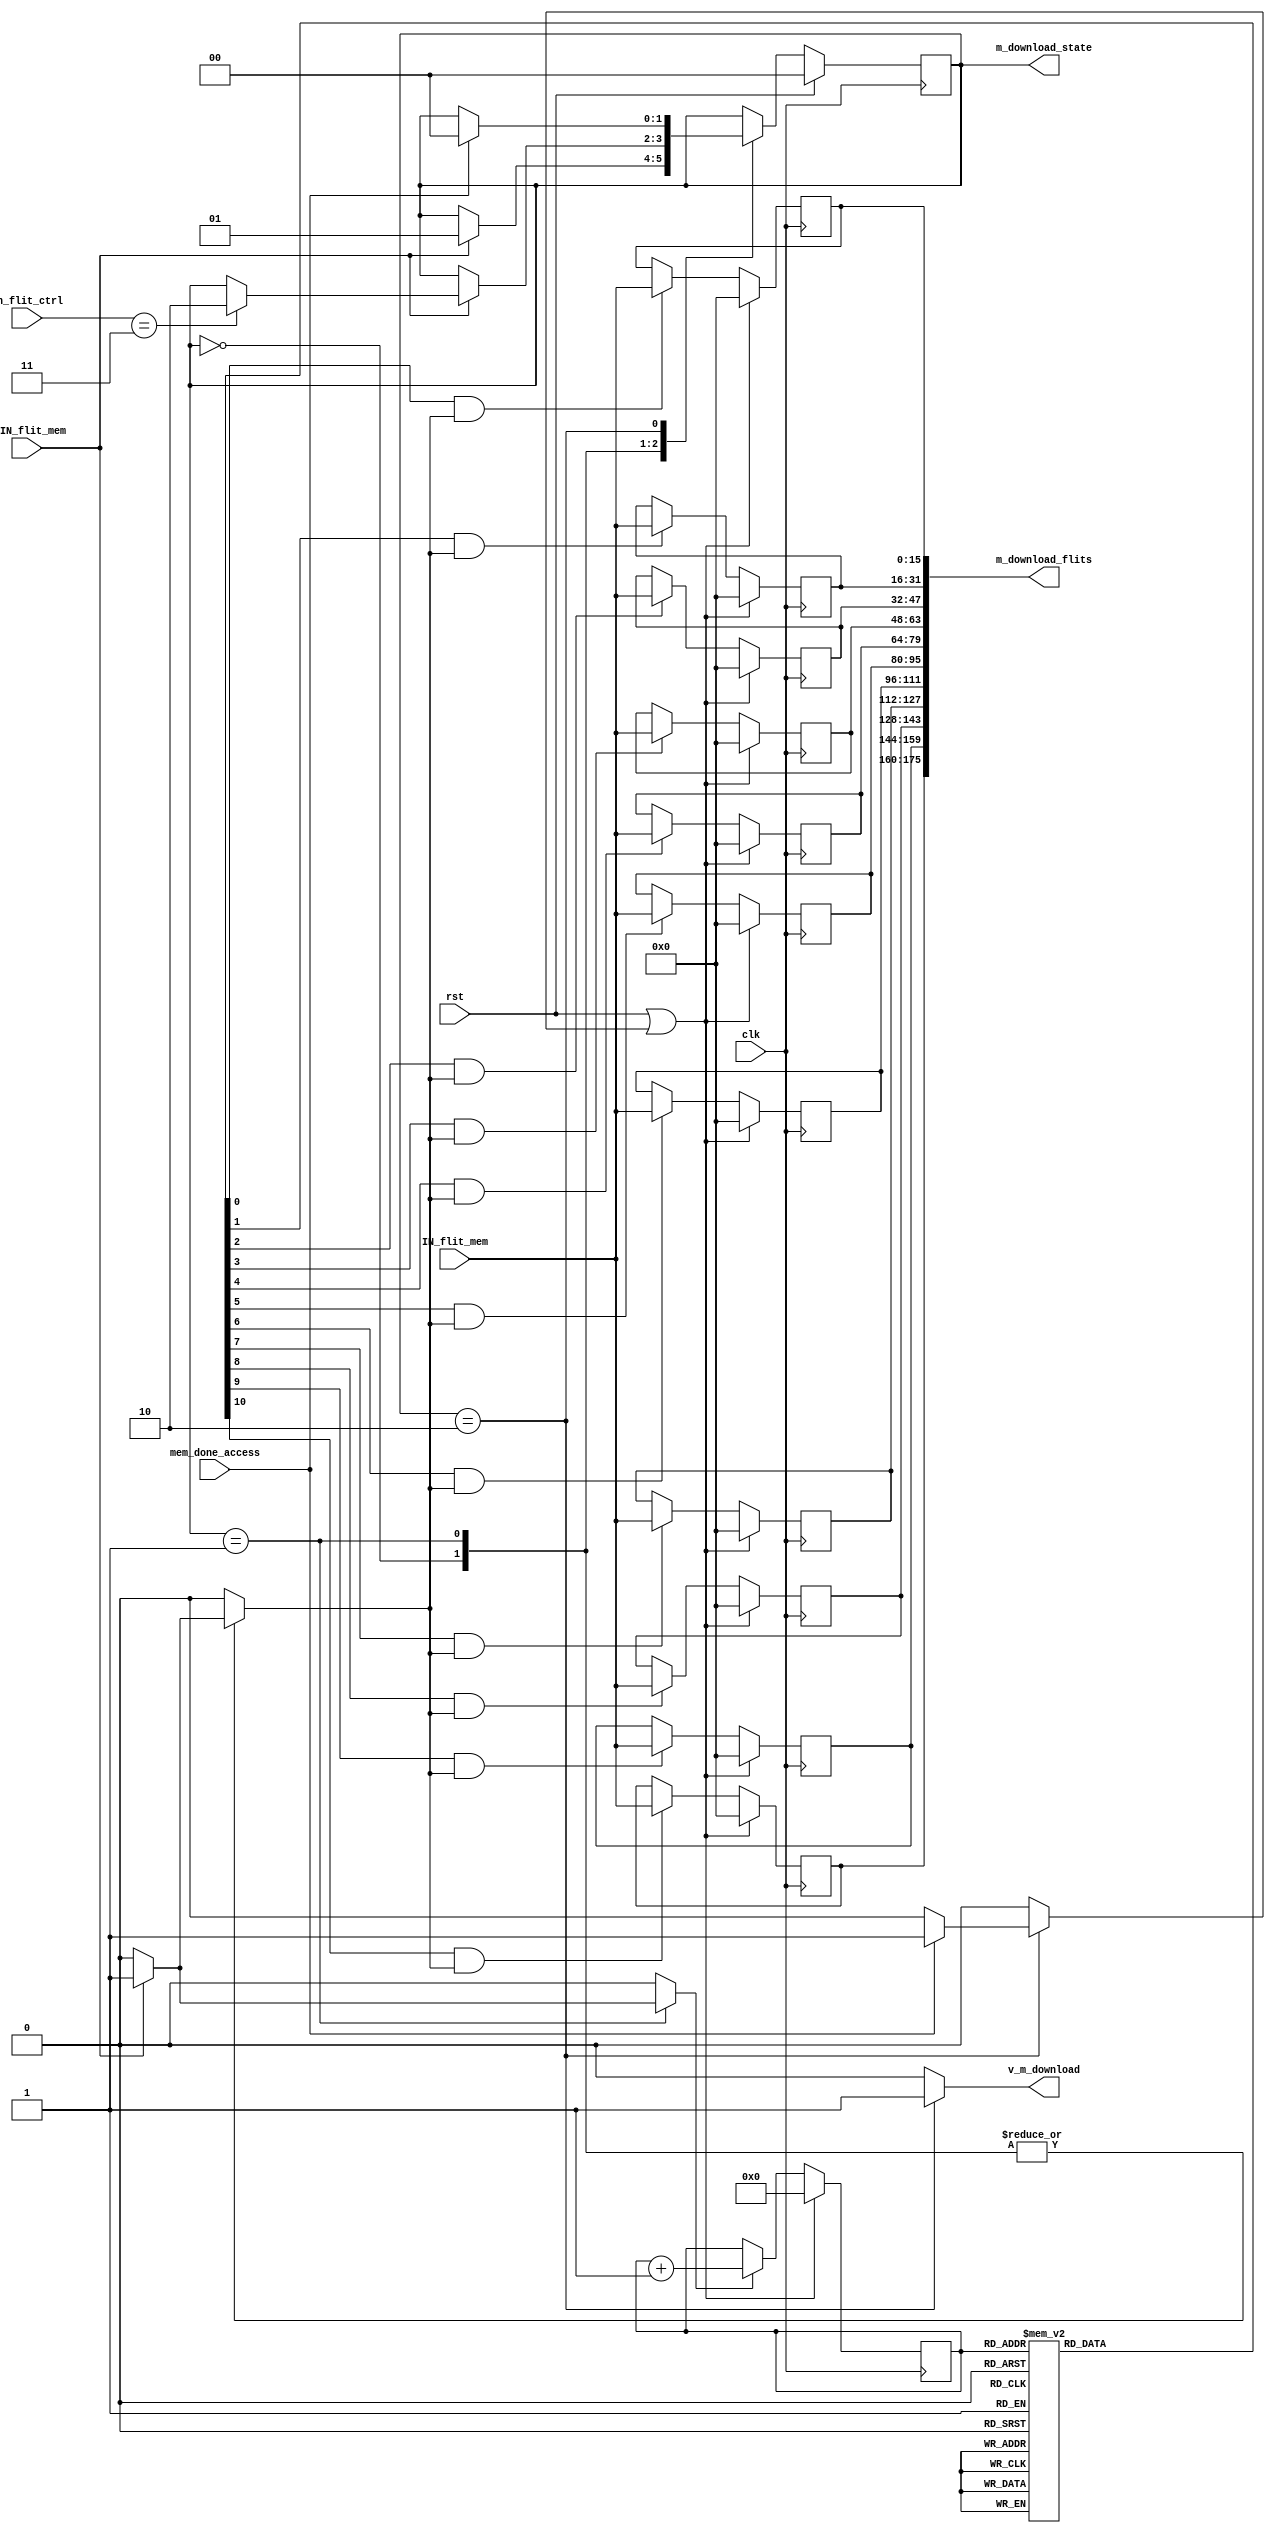
module   m_download(//input
                    clk,
                    rst,
                    IN_flit_mem,
                    v_IN_flit_mem,
                    In_flit_ctrl,
                    mem_done_access,
                    //output
                    v_m_download,
                    m_download_flits,
                    m_download_state
                    );
//input
input                    clk;
input                    rst;
input     [15:0]         IN_flit_mem;
input                    v_IN_flit_mem;
input     [1:0]          In_flit_ctrl;
input                    mem_done_access;

//output
output                    v_m_download;
output    [175:0]         m_download_flits;
output    [1:0]           m_download_state;

//
reg [1:0]    m_download_nstate;
reg [1:0]    m_download_cstate;
parameter    m_download_idle=2'b00;
parameter    m_download_busy=2'b01;
parameter    m_download_rdy=2'b10;

reg   [15:0] flit_reg1;
reg   [15:0] flit_reg2;
reg   [15:0] flit_reg3;
reg   [15:0] flit_reg4;
reg   [15:0] flit_reg5;
reg   [15:0] flit_reg6;
reg   [15:0] flit_reg7;
reg   [15:0] flit_reg8;
reg   [15:0] flit_reg9;
reg   [15:0] flit_reg10;
reg   [15:0] flit_reg11;  

assign m_download_state=m_download_cstate;
assign m_download_flits={flit_reg11,flit_reg10,flit_reg9,flit_reg8,flit_reg7,flit_reg6,flit_reg5,flit_reg4,flit_reg3,flit_reg2,flit_reg1};


reg             v_m_download;
reg             en_flit_m;
reg             inc_cnt;
reg             fsm_rst;

/// fsm of ic_download
always@(*)
begin
  //default values
  m_download_nstate=m_download_cstate;
  v_m_download=1'b0;
  en_flit_m=1'b0;
  inc_cnt=1'b0;
  fsm_rst=1'b0;
  case(m_download_cstate)
    m_download_idle:
      begin
        if(v_IN_flit_mem)
          begin
            m_download_nstate=m_download_busy;
            en_flit_m=1'b1;
          end
      end
    m_download_busy:
      begin
        if(v_IN_flit_mem)
          begin
            if(In_flit_ctrl==2'b11)
              begin
                en_flit_m=1'b1;
                m_download_nstate=m_download_rdy;
              end
              en_flit_m=1'b1;
              inc_cnt=1'b1;
          end
      end
    m_download_rdy:
      begin
        v_m_download=1'b1;
        if(mem_done_access)
          begin
             m_download_nstate=m_download_idle;
             fsm_rst=1'b1;
          end
      end
    endcase
end

reg  [3:0]  cnt;
reg  [10:0]  en_flits;
// select right inst_word_in 
always@(*)
begin
  case(cnt)
    4'b0000:en_flits=11'b00000000001;
    4'b0001:en_flits=11'b00000000010;
    4'b0010:en_flits=11'b00000000100;
    4'b0011:en_flits=11'b00000001000;
    4'b0100:en_flits=11'b00000010000;
    4'b0101:en_flits=11'b00000100000;
    4'b0110:en_flits=11'b00001000000;
    4'b0111:en_flits=11'b00010000000;
    4'b1000:en_flits=11'b00100000000;
    4'b1001:en_flits=11'b01000000000;
    4'b1010:en_flits=11'b10000000000;
    default:en_flits=11'b00000000000;
  endcase
 end
 
// 1st flit
always@(posedge clk)
begin
  if(rst||fsm_rst)
    flit_reg1<=16'h0000;
  else if(en_flits[0]&&en_flit_m)
    flit_reg1<=IN_flit_mem;
end

//2ed flit 
 always@(posedge clk)
begin
  if(rst||fsm_rst)
    flit_reg2<=16'h0000;
  else if(en_flits[1]&&en_flit_m)
    flit_reg2<=IN_flit_mem;
end

// 3rd flit
always@(posedge clk)
begin
  if(rst||fsm_rst)
    flit_reg3<=16'h0000;
  else if(en_flits[2]&&en_flit_m)
    flit_reg3<=IN_flit_mem;
end

//4th flit
always@(posedge clk)
begin
  if(rst||fsm_rst)
    flit_reg4<=16'h0000;
  else if(en_flits[3]&&en_flit_m)
    flit_reg4<=IN_flit_mem;
end

//5th flit
always@(posedge clk)
begin
  if(rst||fsm_rst)
    flit_reg5<=16'h0000;
  else if(en_flits[4]&&en_flit_m)
    flit_reg5<=IN_flit_mem;
end

//6th flit
always@(posedge clk)
begin
  if(rst||fsm_rst)
    flit_reg6<=16'h0000;
  else if(en_flits[5]&&en_flit_m)
    flit_reg6<=IN_flit_mem;
end

//7th flit 
always@(posedge clk)
begin
  if(rst||fsm_rst)
    flit_reg7<=16'h0000;
  else if(en_flits[6]&&en_flit_m)
    flit_reg7<=IN_flit_mem;
end

//8th flit
always@(posedge clk)
begin
  if(rst||fsm_rst)
    flit_reg8<=16'h0000;
  else if(en_flits[7]&&en_flit_m)
    flit_reg8<=IN_flit_mem;
end

//9th flit 
always@(posedge clk)
begin
  if(rst||fsm_rst)
    flit_reg9<=16'h0000;
  else if(en_flits[8]&&en_flit_m)
    flit_reg9<=IN_flit_mem;
end

//10th flit 
always@(posedge clk)
begin
  if(rst||fsm_rst)
    flit_reg10<=16'h0000;
  else if(en_flits[9]&&en_flit_m)
    flit_reg10<=IN_flit_mem;
end

//11th flit 
always@(posedge clk)
begin
  if(rst||fsm_rst)
    flit_reg11<=16'h0000;
  else if(en_flits[10]&&en_flit_m)
    flit_reg11<=IN_flit_mem;
end
// fsm regs
always@(posedge clk)
begin
  if(rst)
    m_download_cstate<=2'b00;
  else
    m_download_cstate<=m_download_nstate;
end
//counter reg
always@(posedge clk)
begin
  if(rst||fsm_rst)
    cnt<=3'b000;
  else if(inc_cnt)
    cnt<=cnt+3'b001;
end
endmodule